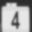
Digit: 4